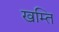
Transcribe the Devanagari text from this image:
खम्ति